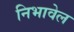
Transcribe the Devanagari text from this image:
निभावेल